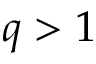
q > 1